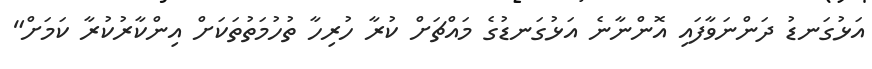
އަޅުގަނޑު ދަންނަވާފައި އޮންނާނެ އަޅުގަނޑުގެ މައްޗަށް ކުރާ ހުރިހާ ތުހުމަތުތަކަށް އިންކާރުކުރާ ކަމަށް"